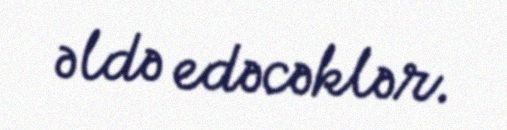
əldə edəcəklər.